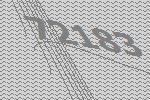
72183